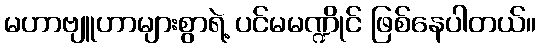
မဟာဗျူဟာများစွာရဲ့ ပင်မမဏ္ဍိုင် ဖြစ်နေပါတယ်။